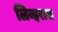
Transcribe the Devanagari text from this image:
लिव्हरास